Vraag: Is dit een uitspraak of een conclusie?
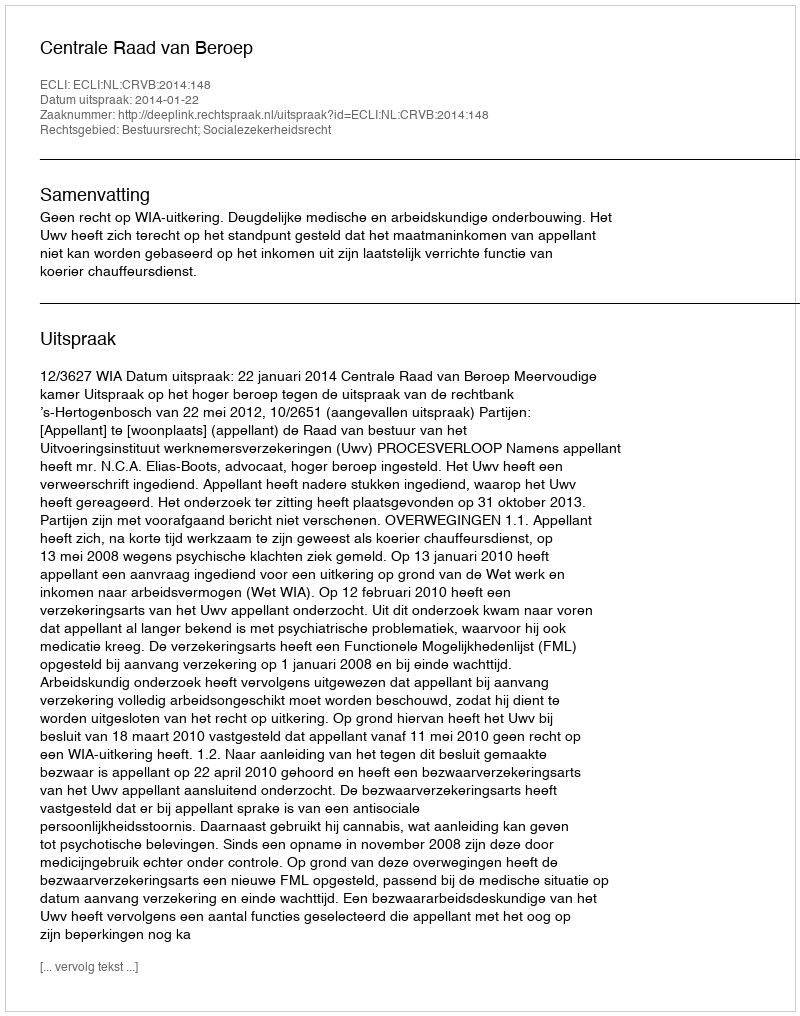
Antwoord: Uitspraak